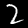
Label: 2